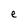
Character: e